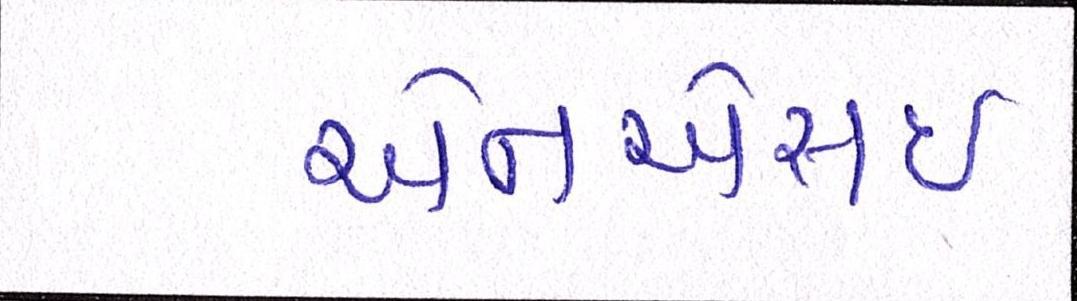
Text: એનએસઇ